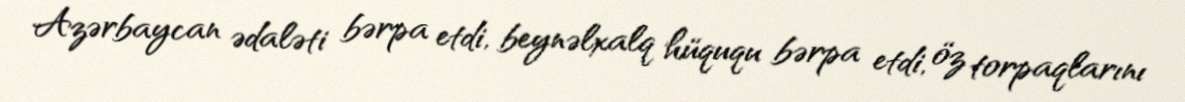
Azərbaycan ədaləti bərpa etdi, beynəlxalq hüququ bərpa etdi, öz torpaqlarını